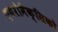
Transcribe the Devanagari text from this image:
एयरोमैक्सिको